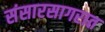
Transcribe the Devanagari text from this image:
संसारसागरात